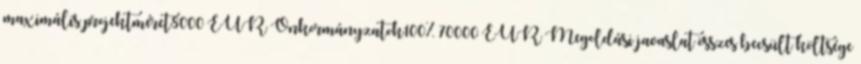
maximális projektméret8000 EUR▪Önkormányzatok100% 70000 EUR▪Megoldási javaslat összes becsült költsége